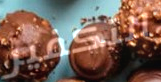
التكفير